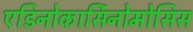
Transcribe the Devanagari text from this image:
एडिनोकार्सिनोमोसिस